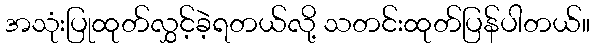
အသုံးပြုထုတ်လွှင့်ခဲ့ရတယ်လို့ သတင်းထုတ်ပြန်ပါတယ်။